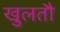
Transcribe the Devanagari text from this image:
खुलतौ